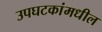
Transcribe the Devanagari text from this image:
उपघटकांमधील